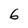
Character: 6